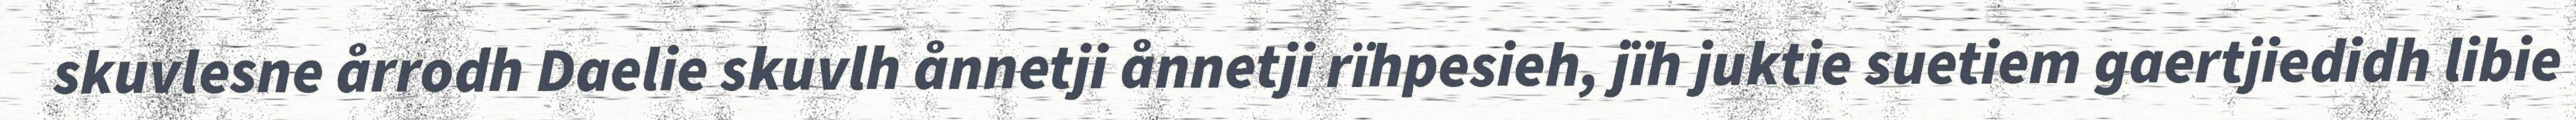
skuvlesne årrodh Daelie skuvlh ånnetji ånnetji rïhpesieh, jïh juktie suetiem gaertjiedidh libie